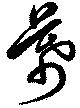
幕